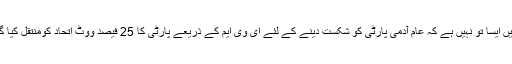
کہیں ایسا تو نہیں ہے کہ عام آدمی پارٹی کو شکست دینے کے لئے ای وی ایم کے ذریعے پارٹی کا 25 فیصد ووٹ اتحاد کومنتقل کیا گیا۔